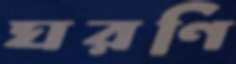
ঘরণি